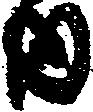
内